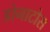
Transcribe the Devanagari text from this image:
डोनाटोस